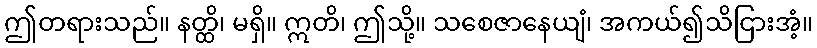
ဤတရားသည်။ နတ္ထိ၊ မရှိ။ ဣတိ၊ ဤသို့။ သစေဇာနေယျံ၊ အကယ်၍သိငြားအံ့။